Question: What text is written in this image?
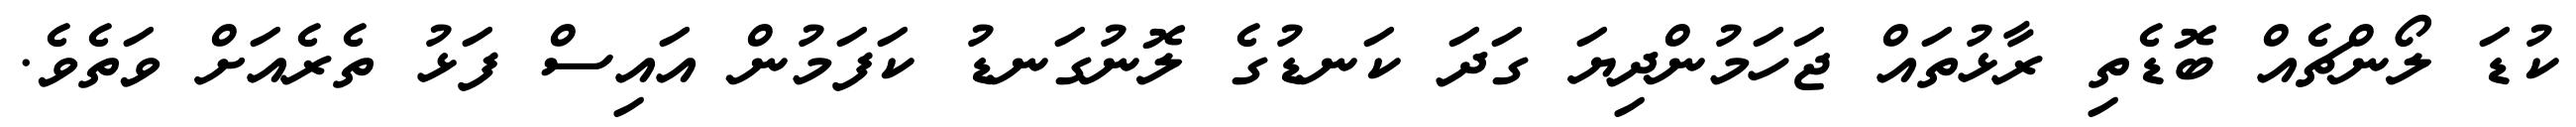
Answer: ކުޑަ ލޯންޗެއް ބޮޑެތި ރާޅުތައް ޖަހަމުންދިޔަ ގަދަ ކަނޑުގެ ލޮނުގަނޑު ކަފަމުން އައިސް ފަޅު ތެރެއަށް ވަތެވެ.